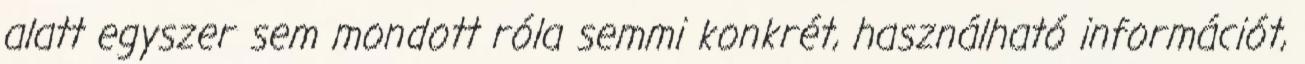
alatt egyszer sem mondott róla semmi konkrét, használható információt,